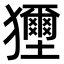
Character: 𤣐